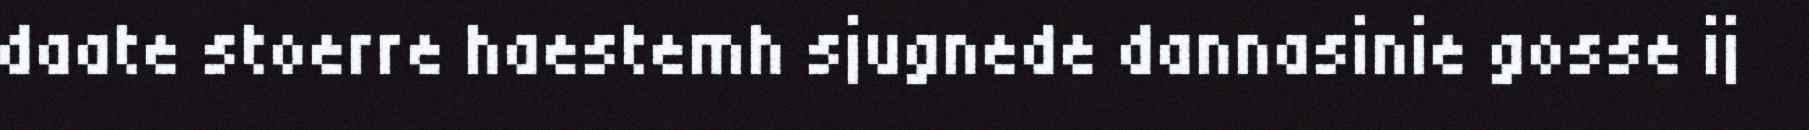
daate stoerre haestemh sjugnede dannasinie gosse ij